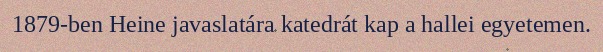
1879-ben Heine javaslatára katedrát kap a hallei egyetemen.